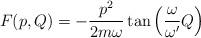
LaTeX: \begin{align*}F( p , Q ) =- \frac{p^2}{2 m \omega} \tan \left ( \frac{\omega}{\omega^\prime}Q \right )\end{align*}